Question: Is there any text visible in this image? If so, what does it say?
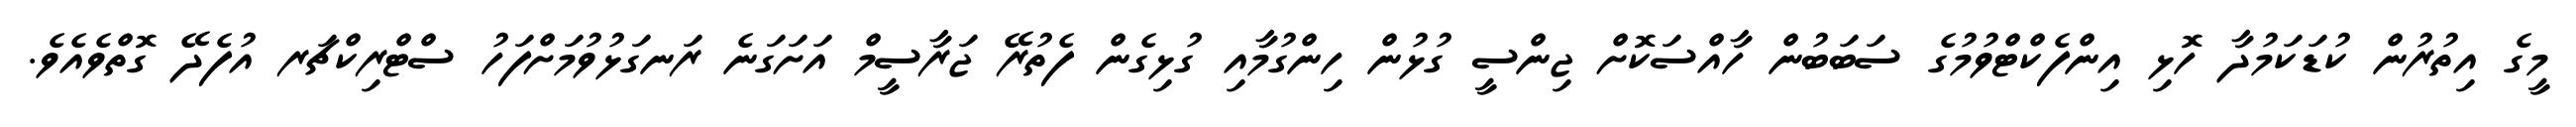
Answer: މީގެ އިތުރުން ކުޑަކަމުދާ ހޮޅި އިންފެކްޓްވުމުގެ ސަބަބުން ހާއްސަކޮށް ޖިންސީ ގުޅުން ހިންގުމާއި ގުޅިގެން ފެތުރޭ ޖަރާސީމް އަށަގަނެ ރަނގަޅުވުމަށްފަހު ސްޓްރިކްޗަރ އުފެދޭ ގޮތްވެއެވެ.